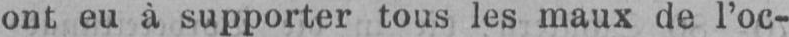
ont eu à supporter tous les maux de l’oc-